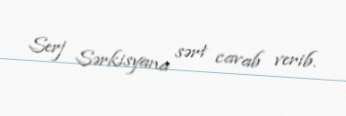
Serj Sərkisyana sərt cavab verib.